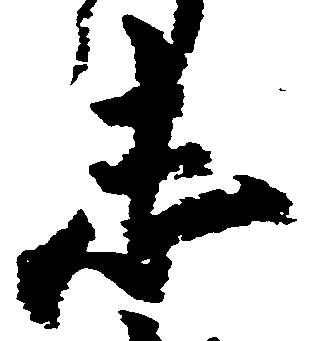
志